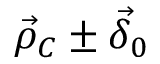
\vec { \rho } _ { C } \pm \vec { \delta } _ { 0 }